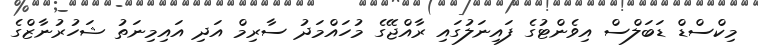
މިކްސްޑް ޑަބަލްސް އިވެންޓުގެ ފައިނަލުގައި ރާއްޖޭގެ މުހައްމަދު ސާރިމް އަދި އައިމިނަތު ޝަހުރުނާޒްގެ